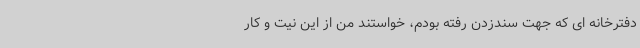
دفترخانه ای که جهت سندزدن رفته بودم، خواستند من از این نیت و کار